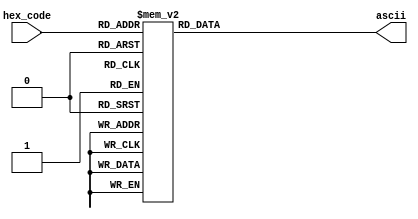
`timescale 1ps / 1ps
module hex_code_to_ASCII(
    input [3:0] hex_code,
    output reg [7:0] ascii
);

always @(hex_code) begin
    case (hex_code)
        4'h1: ascii <= 8'h31;	// 1
        4'ha: ascii <= 8'h61;	// a
        4'h2: ascii <= 8'h32;	// 2
        4'hc: ascii <= 8'h63;	// c
        4'hd: ascii <= 8'h64;	// d
        4'he: ascii <= 8'h65;	// e
        4'h4: ascii <= 8'h34;	// 4
        4'h3: ascii <= 8'h33;	// 3
        4'hf: ascii <= 8'h66;	// f
        4'h5: ascii <= 8'h35;	// 5
        4'hb: ascii <= 8'h62;	// b
        4'h6: ascii <= 8'h36;	// 6
        4'h7: ascii <= 8'h37;	// 7
        4'h8: ascii <= 8'h38;	// 8
        4'h0: ascii <= 8'h30;	// 0
        4'h9: ascii <= 8'h39;	// 9
        default: ascii <= 8'h00;
    endcase
end

endmodule